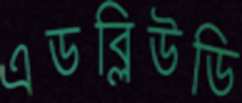
এডব্লিউডি